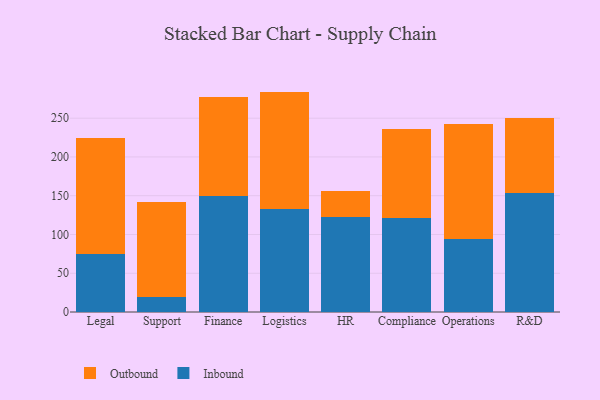
{"axis": {"x": "Department", "y": "Budget (USD K)"}, "legend": ["Inbound", "Outbound"], "data": [{"x": "Legal", "y": 74.7, "type": "Inbound"}, {"x": "Legal", "y": 150.2, "type": "Outbound"}, {"x": "Support", "y": 19.5, "type": "Inbound"}, {"x": "Support", "y": 122.4, "type": "Outbound"}, {"x": "Finance", "y": 149.0, "type": "Inbound"}, {"x": "Finance", "y": 128.3, "type": "Outbound"}, {"x": "Logistics", "y": 132.7, "type": "Inbound"}, {"x": "Logistics", "y": 151.6, "type": "Outbound"}, {"x": "HR", "y": 122.6, "type": "Inbound"}, {"x": "HR", "y": 33.9, "type": "Outbound"}, {"x": "Compliance", "y": 121.7, "type": "Inbound"}, {"x": "Compliance", "y": 114.1, "type": "Outbound"}, {"x": "Operations", "y": 94.5, "type": "Inbound"}, {"x": "Operations", "y": 147.7, "type": "Outbound"}, {"x": "R&D", "y": 153.8, "type": "Inbound"}, {"x": "R&D", "y": 96.3, "type": "Outbound"}]}